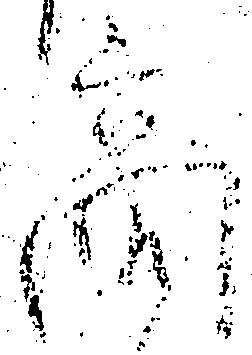
商